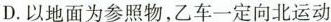
D.以地面为参照物，乙车一定向北运动